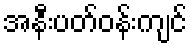
အနီးပတ်ဝန်းကျင်